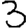
Digit: 3